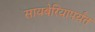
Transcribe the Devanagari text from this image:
सायबेरियापर्यंत